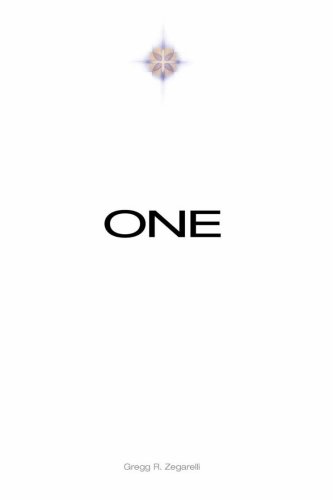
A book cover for ONE - The Unified Gospel of Jesus - Divine Version; Gregg R. Zegarelli; Crafts, Hobbies & Home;